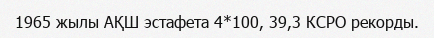
1965 жылы АҚШ эстафета 4*100, 39,3 КСРО рекорды.